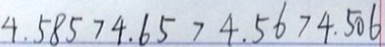
4 . 5 8 5 > 4 . 6 5 > 4 . 5 6 > 4 . 5 0 6